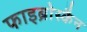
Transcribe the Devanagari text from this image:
फाइब्रोस्कैन